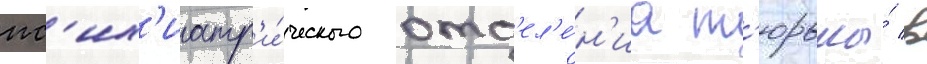
пс'их'иатр'и́ческого отд'ел'е́н'иа т'юрьмы́ в